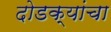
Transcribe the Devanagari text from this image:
दोडक्यांचा